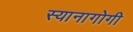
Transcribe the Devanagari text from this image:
स्यानागोगी